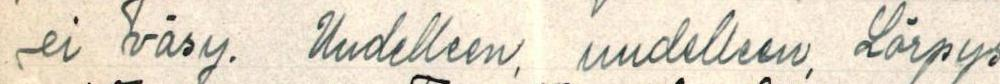
ei väsy. Uudelleen ja uudelleen Lörpys